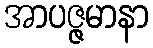
အာပဇ္ဇမာနာ